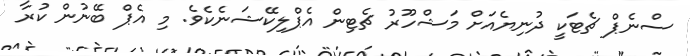
ސްނެޕް ޗެޓަކީ ދުނިޔެއަށް މަޝްހޫރު ޗެޓިން އެޕްލިކޭޝަނެކެވެ. މި އެޕް ބޭނުން ކުރާ